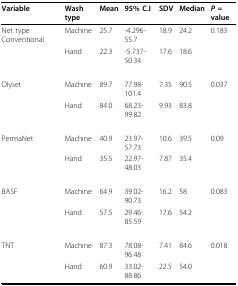
<table><thead><tr><td><b>Variable</b></td><td><b>Wash type</b></td><td><b>Mean</b></td><td><b>95% C.I</b></td><td><b>SDV</b></td><td><b>Median</b></td><td><b><i>P </i>= value</b></td></tr></thead><tbody><tr><td>Net type Conventional</td><td>Machine</td><td>25.7</td><td>-4.296-55.7</td><td>18.9</td><td>24.2</td><td>0.183</td></tr><tr><td></td><td>Hand</td><td>22.3</td><td>-5.737-50.34</td><td>17.6</td><td>18.6</td><td></td></tr><tr><td>Olyset</td><td>Machine</td><td>89.7</td><td>77.98-101.4</td><td>7.35</td><td>90.5</td><td>0.037</td></tr><tr><td></td><td>Hand</td><td>84.0</td><td>68.23-99.82</td><td>9.93</td><td>83.8</td><td></td></tr><tr><td>PermaNet</td><td>Machine</td><td>40.9</td><td>23.97-57.73</td><td>10.6</td><td>39.5</td><td>0.09</td></tr><tr><td></td><td>Hand</td><td>35.5</td><td>22.97-48.03</td><td>7.87</td><td>35.4</td><td></td></tr><tr><td>BASF</td><td>Machine</td><td>64.9</td><td>39.02-90.73</td><td>16.2</td><td>58</td><td>0.083</td></tr><tr><td></td><td>Hand</td><td>57.5</td><td>29.46-85.59</td><td>17.6</td><td>54.2</td><td></td></tr><tr><td>TNT</td><td>Machine</td><td>87.3</td><td>78.08-96.48</td><td>7.41</td><td>84.6</td><td>0.018</td></tr><tr><td></td><td>Hand</td><td>60.9</td><td>33.02-88.86</td><td>22.5</td><td>54.0</td><td></td></tr></tbody></table>